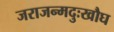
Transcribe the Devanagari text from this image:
जराजन्मदुःखौघ